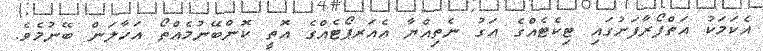
އެކަމަކު އަތްފޯރާފަށުގައި ޓިކެޓެއްގެ އަގު ނެތިއްޔާ އެއަރޕޯޓެއްގެ އޮތީ ކޮންބޭނުމެއްތޯ އަހާލަން ބޭނުމެވެ.